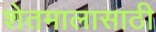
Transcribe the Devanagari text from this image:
शेतमालासाठी